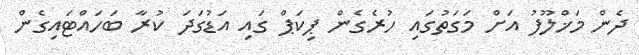
ދެން މަޚްލޫފު އަށް މަގަތުގައި ހުރެގެން ޕިކަޕް ގައި އަޑުގަދަ ކުރާ ބަހައްޓައިގެން